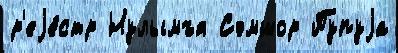
р'еjе́стр Нулымъя Сэмшор Пупуjа